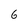
Character: 6